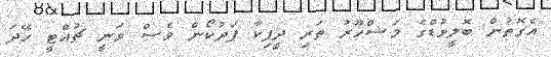
އެގޮތުން ބޮލީވުޑްގެ މަޝްހޫރު ތަރި ދީޕިކާ ޕަދުކޯން ވެސް ވަނީ ޗުއްޓީ ހޭދަ